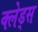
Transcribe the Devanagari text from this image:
क्लेड्स